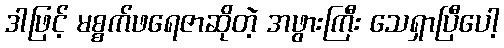
ဒါဖြင့် မစ္စက်ဖရေဇာဆိုတဲ့ အဖွားကြီး သေရှာပြီပေါ့